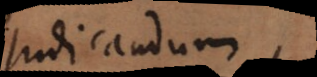
judicandum.